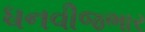
ધનવીજભાર